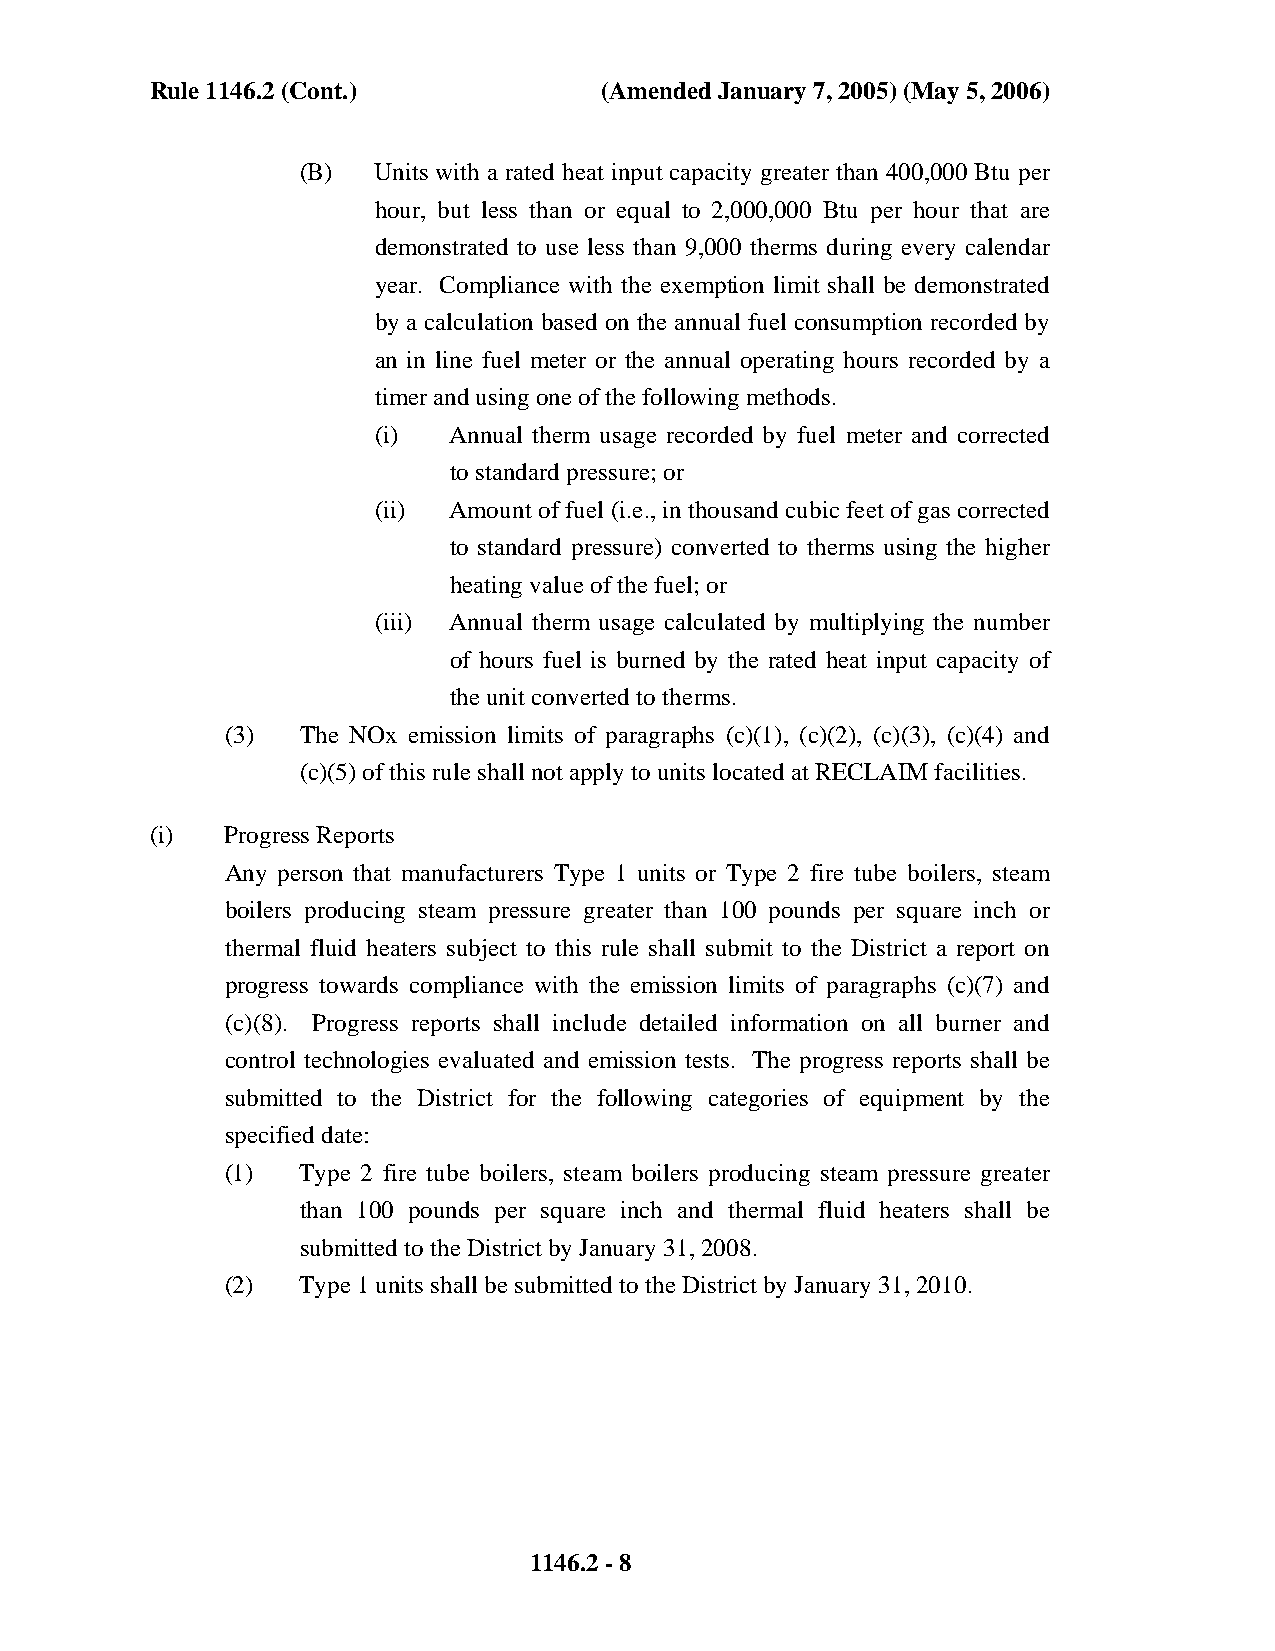
Rule 1146.2 (Cont.)           (Amended January 7, 2005) (May 5, 2006)
 (B)  Units with a rated heat input capacity greater than 400,000 Btu per
 hour, but less than or equal to 2,000,000 Btu per hour that are
 demonstrated to use less than 9,000 therms during every calendar
 year. Compliance with the exemption limit shall be demonstrated
 by a calculation based on the annual fuel consumption recorded by
 an in line fuel meter or the annual operating hours recorded by a
 timer and using one of the following methods.
 (i)  Annual therm usage recorded by fuel meter and corrected
 to standard pressure; or
 (ii) Amount of fuel (i.e., in thousand cubic feet of gas corrected
 to standard pressure) converted to therms using the higher
 heating value of the fuel; or
 (iii) Annual therm usage calculated by multiplying the number
 of hours fuel is burned by the rated heat input capacity of
 the unit converted to therms.
 (3)  The NOx emission limits of paragraphs (c)(1), (c)(2), (c)(3), (c)(4) and
 (c)(5) of this rule shall not apply to units located at RECLAIM facilities.
 (i)  Progress Reports
 Any person that manufacturers Type 1 units or Type 2 fire tube boilers, steam
 boilers producing steam pressure greater than 100 pounds per square inch or
 thermal fluid heaters subject to this rule shall submit to the District a report on
 progress towards compliance with the emission limits of paragraphs (c)(7) and
 (c)(8). Progress reports shall include detailed information on all burner and
 control technologies evaluated and emission tests. The progress reports shall be
 submitted to the District for the following categories of equipment by the
 specified date:
 (1)  Type 2 fire tube boilers, steam boilers producing steam pressure greater
 than 100 pounds per square inch and thermal fluid heaters shall be
 submitted to the District by January 31, 2008.
 (2)  Type 1 units shall be submitted to the District by January 31, 2010.
 1146.2 - 8